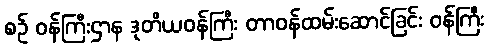
စဉ် ဝန်ကြီးဌာန ဒုတိယဝန်ကြီး တာဝန်ထမ်းဆောင်ခြင်း ဝန်ကြီး